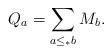
LaTeX: \begin{align*}Q_a=\sum_{a\leq_{*} b}M_b.\end{align*}